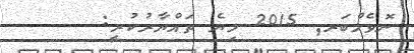
ނޮވެމްބަރ